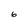
Character: 6